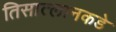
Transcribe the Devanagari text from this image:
तिसात्लानकडे